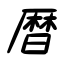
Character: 暦